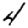
Digit: 4